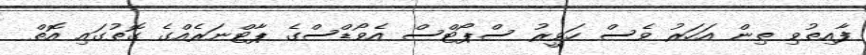
ފާއިތުވި ތިން އަހަރު ވެސް ހަވީރު ސްޕޯޓްސް އެވޯޑްސްގެ ޕާޓްނަރެއްގެ ގޮތުގައި އޮތް